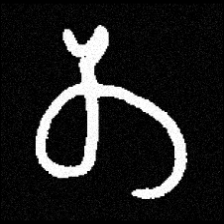
Pyu character \u2014 Myanmar letter: တ (romanized: ta)